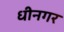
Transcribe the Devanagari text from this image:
धीनगर